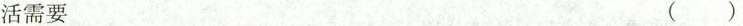
活需要 ()